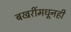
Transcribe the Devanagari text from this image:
बखरींमधूनही